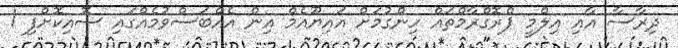
ދިރާސާ އާއި އިލްމީ ޕްރޮގްރާމްތައް ހިންގުމަށް އައިޔޫއެމް އިން އެއްބަސްވުމެއްގައި ސޮއިކޮށްފި 1